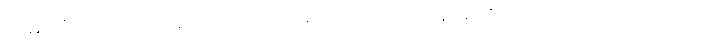
လမ်းကို။ ယဒိသော ဒေတ၊ အကယ်၍ သုတ်သင်ကုန်အံ့။ ဧဝံ၊ ဤသို့ သုတ်သင်သည်။